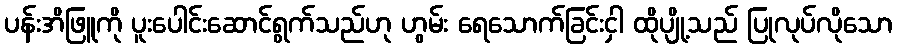
ပန်းအိဖြူကို ပူးပေါင်းဆောင်ရွက်သည်ဟု ဟွမ်း ရေသောက်ခြင်းငှါ ထိုပျို့သည် ပြုလုပ်လိုသော